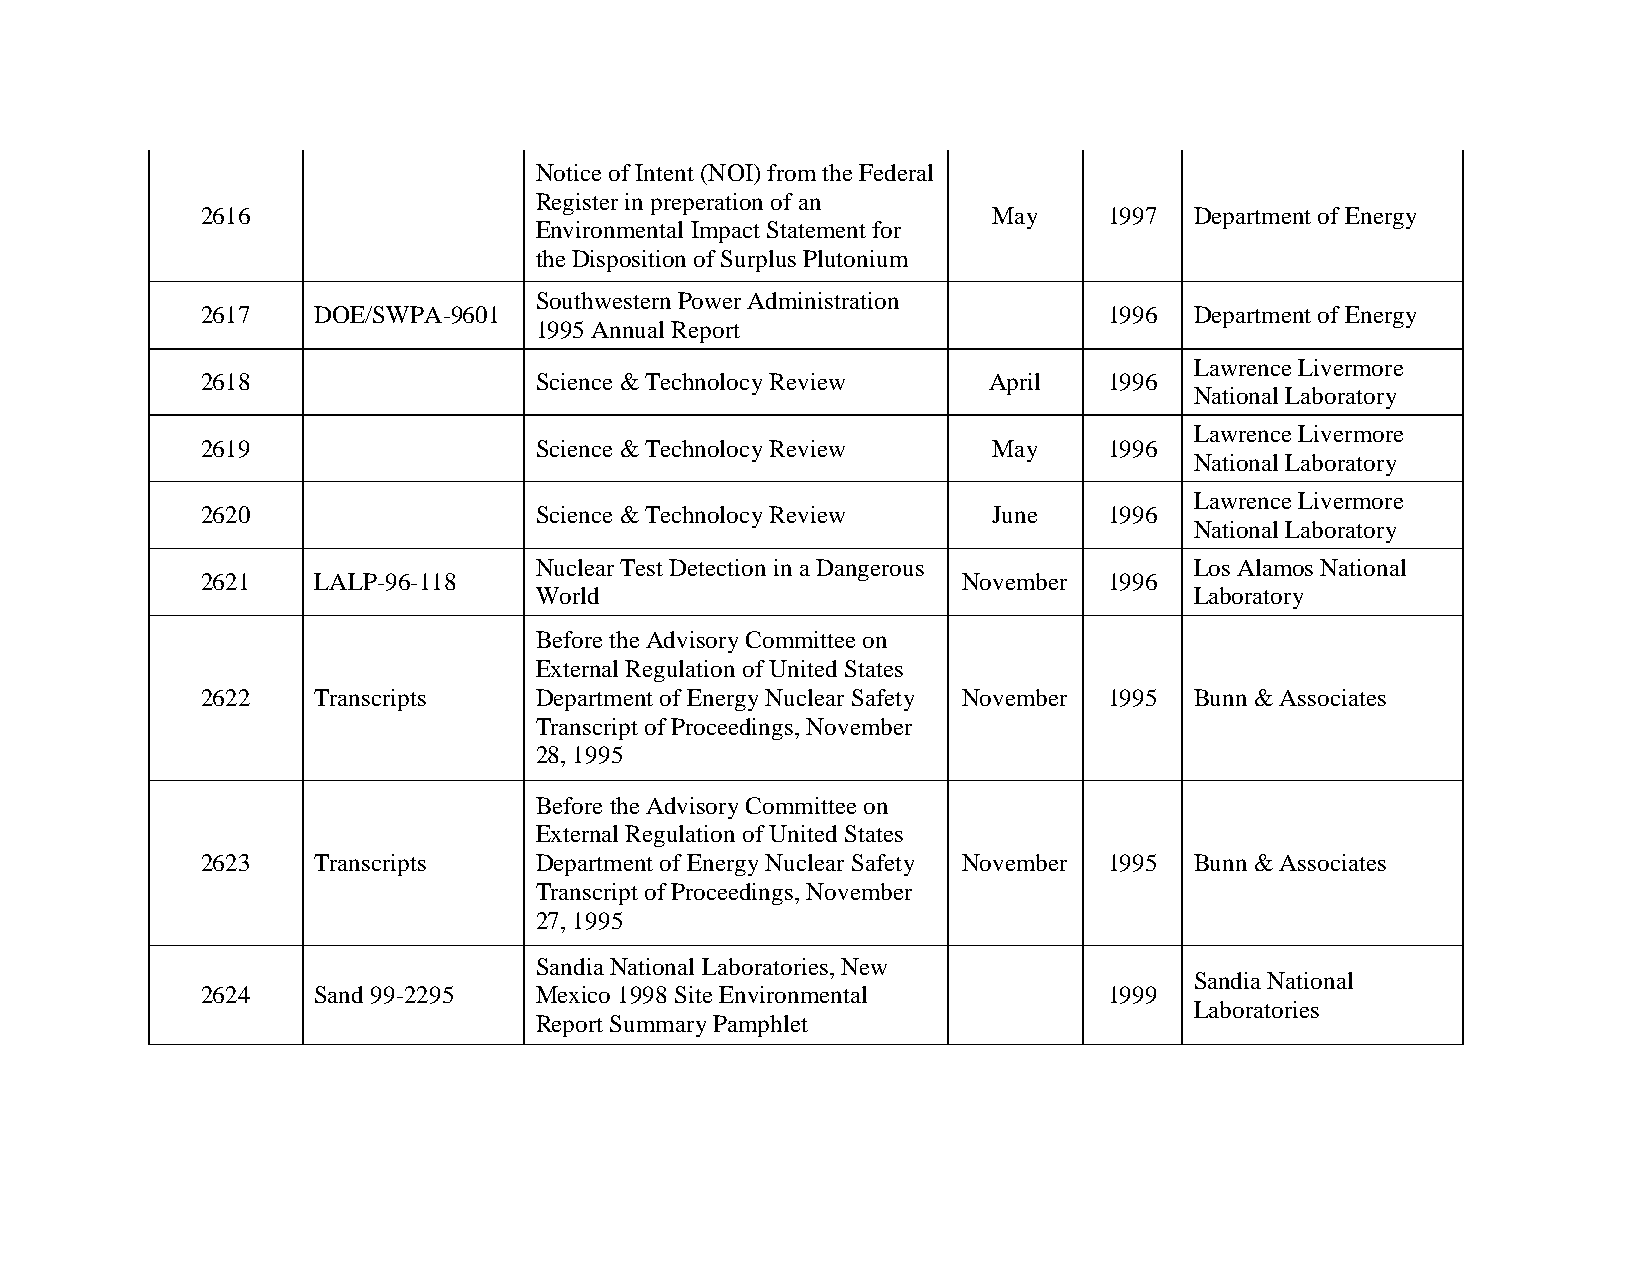
Notice of Intent (NOI) from the Federal
 Register in preperation of an
 2616                                                 May    1997  Department of Energy
 Environmental Impact Statement for
 the Disposition of Surplus Plutonium
 Southwestern Power Administration
 2617    DOE/SWPA-9601                                       1996  Department of Energy
 1995 Annual Report
 Lawrence Livermore
 2618                  Science & Technolocy Review   April   1996
 National Laboratory
 Lawrence Livermore
 2619                  Science & Technolocy Review    May    1996
 National Laboratory
 Lawrence Livermore
 2620                  Science & Technolocy Review    June   1996
 National Laboratory
 Nuclear Test Detection in a Dangerous       Los Alamos National
 2621    LALP-96-118                                November 1996
 World                                       Laboratory
 Before the Advisory Committee on
 External Regulation of United States
 2622    Transcripts   Department of Energy Nuclear Safety November 1995 Bunn & Associates
 Transcript of Proceedings, November
 28, 1995
 Before the Advisory Committee on
 External Regulation of United States
 2623    Transcripts   Department of Energy Nuclear Safety November 1995 Bunn & Associates
 Transcript of Proceedings, November
 27, 1995
 Sandia National Laboratories, New
 Sandia National
 2624    Sand 99-2295  Mexico 1998 Site Environmental        1999
 Laboratories
 Report Summary Pamphlet